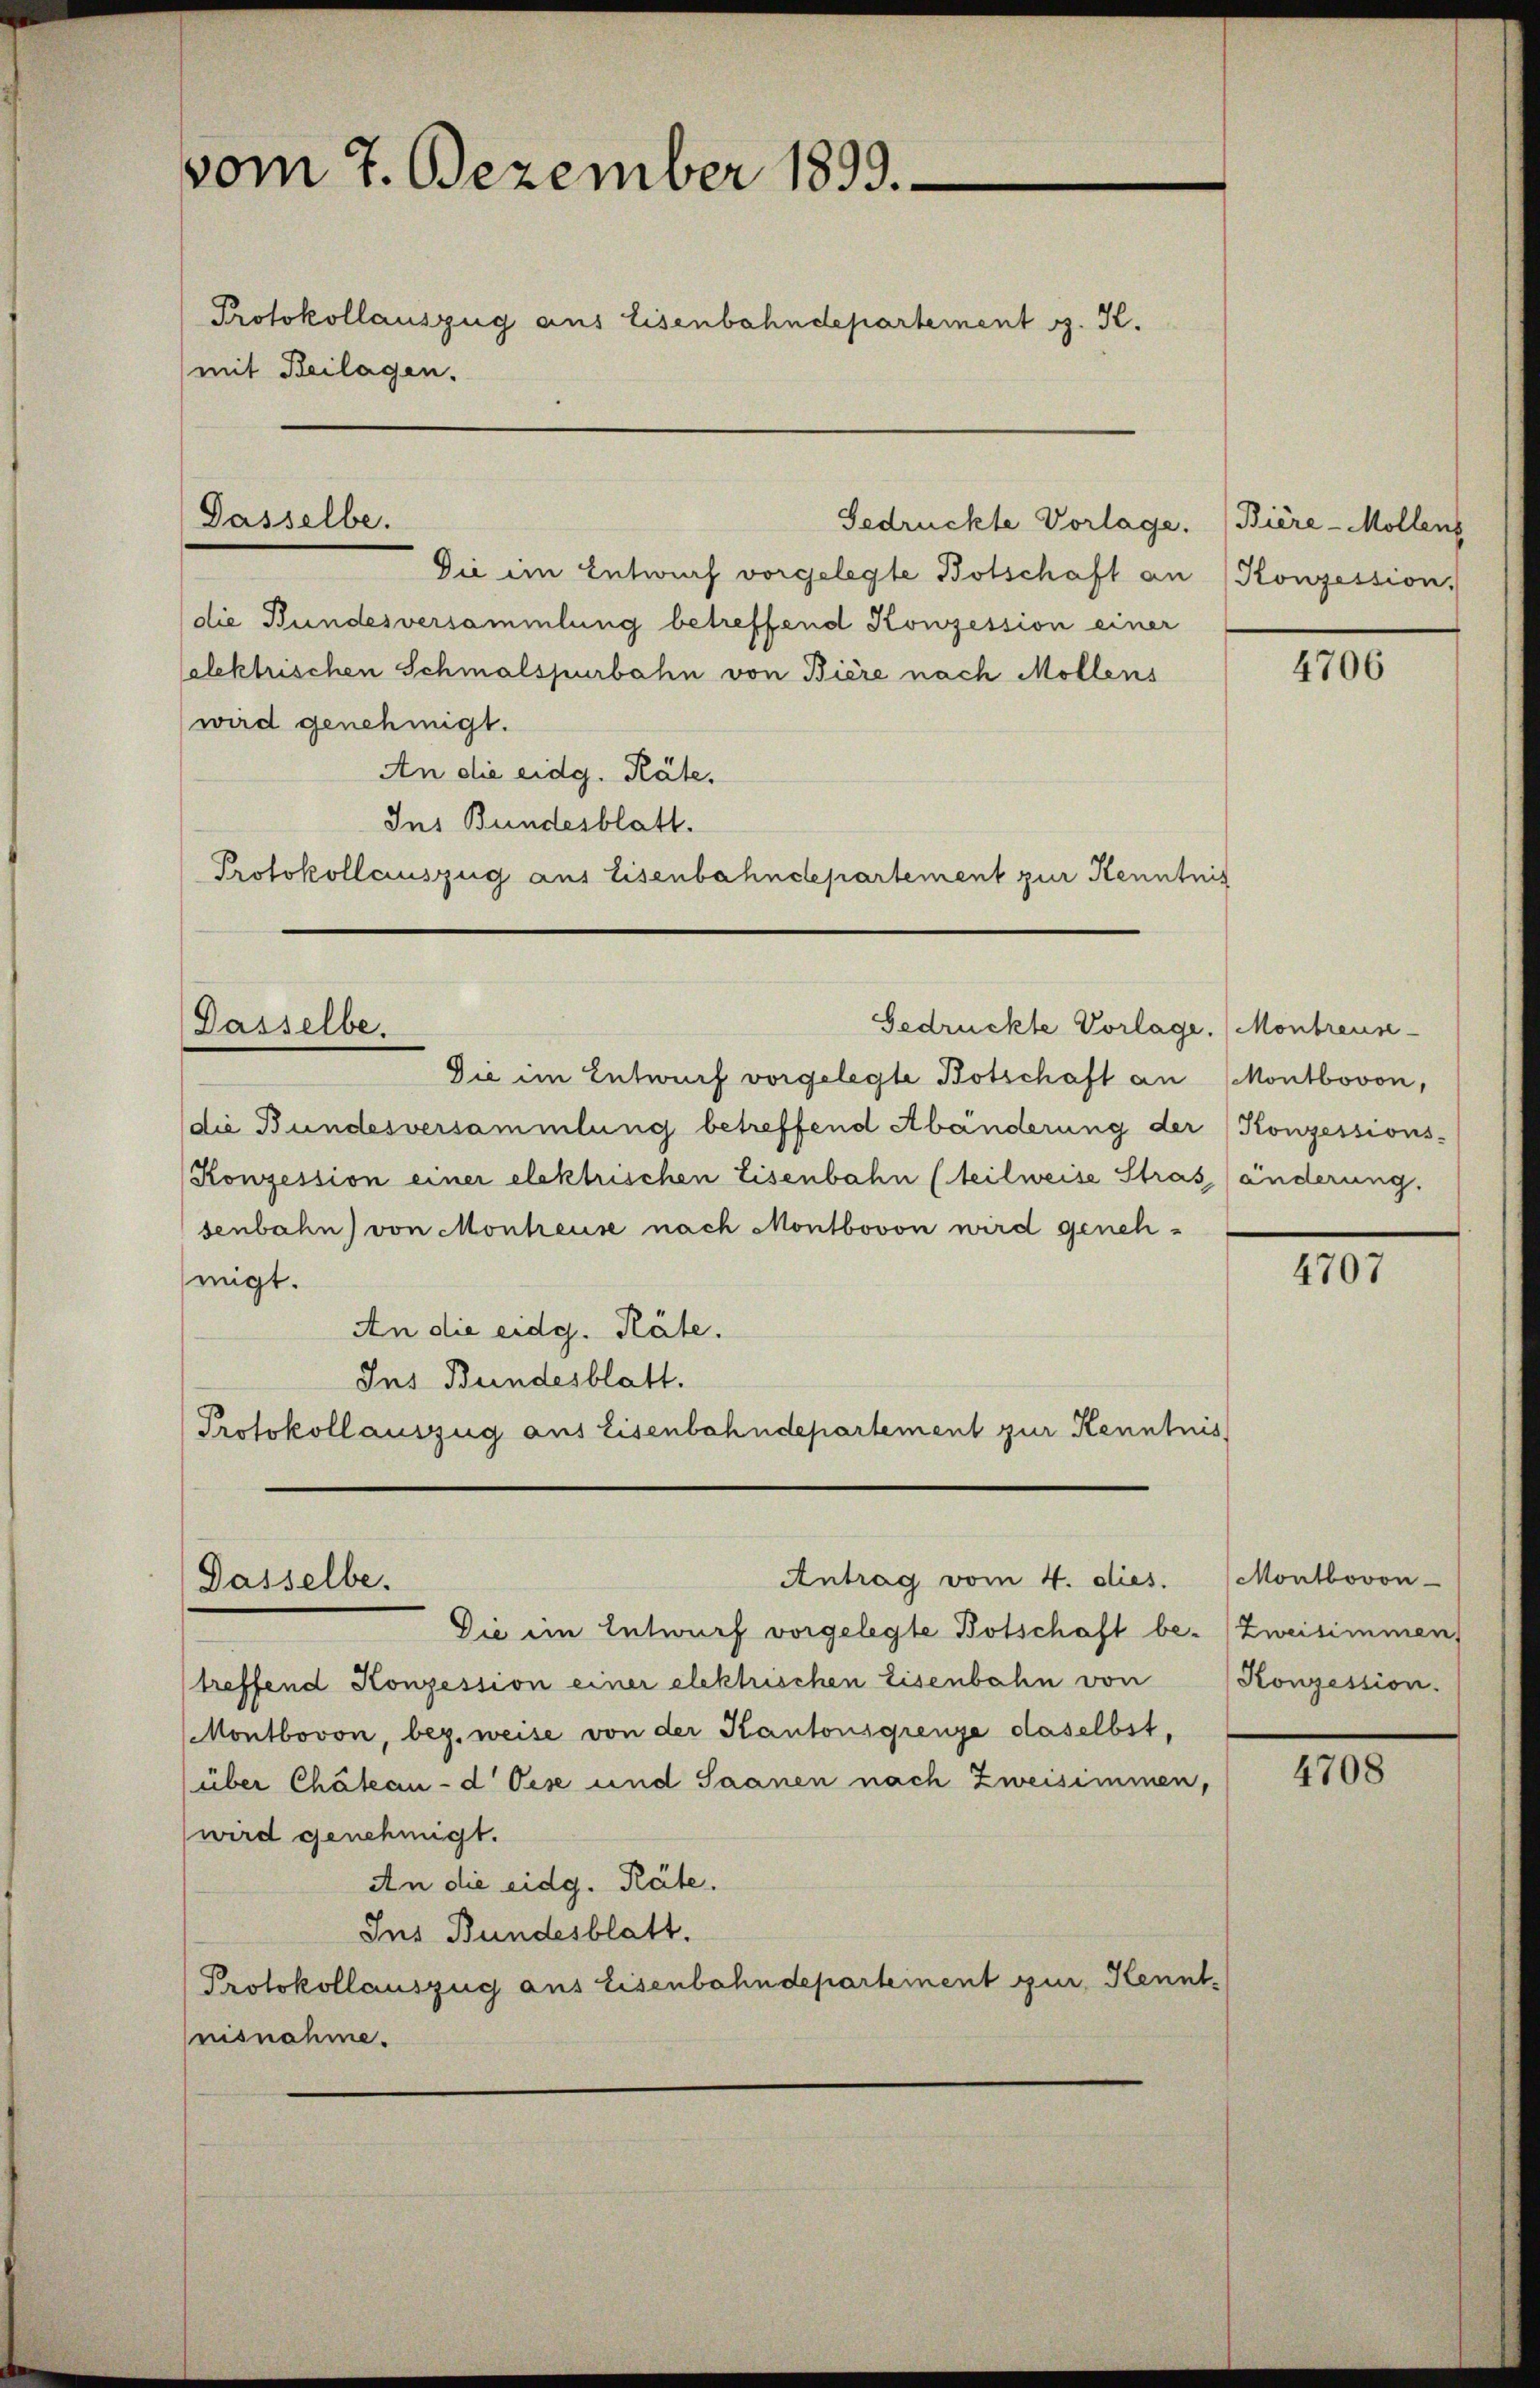
vom 7. Dezember 1899.
Protokollauszug aus Eisenbahndepartement v. K.
mit Beilagen.

Gedrückte Vorlage. (Bière-Mollens
Die im Entwurf vorgelegte Botschaft an Konzession,
die Bundesversammlung betreffend Konzession einer
Celektrischen Schmalspurbahn von Biere nach Möllens
wird genehmigt.
An die eidg. Räte.
Ins Bundesblatt.
Protokollauszug aus Eisenbahndepartement zur Kenntnis

Dasselbe.

Dasselbe.

Gedrückte Vorlage. Montreuse-

(die Bundesversammlung betreffend Abänderung der Konzessions-
(Konzession einer elektrischen Eisenbahn (teilweise Stras änderung.
senbahn) von Monteuse nach Montbovon wird genehmigt.
An die eidg. Räte.
Ins Bundesblatt.
Protokollauszug aus Eisenbahndepartement zur Kenntnis

Die im Entwurf vorgelegte Botschaft an (Montbovon,

Antrag vom 4. dies.
Dasselbe.

Die ein Entwurf vorgelegte Botschaft be-Zweisimmen,
treffend Konzession einer elektrischen Eisenbahn von
Montbovon, beg. weise von der Kantonsgrenze daselbst,
(über Chateau-d Oese und Saanen nach Zweisimmen,
wird genehmigt.
An die eidg. Räte.
Ins Bundesblatt.
Protokollauszug aus Eisenbahndepartement zur Kennt-
nisnahme.

4706

4707

Montbovon
Konzession.

4708